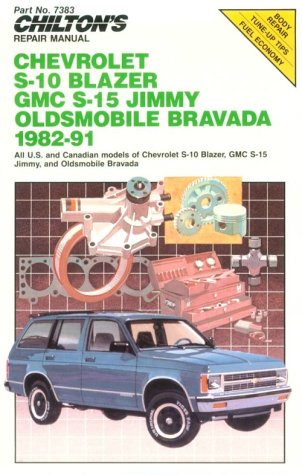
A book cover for Chilton's Repair Manual: Chevy S-10 Blazer, GMC S-15 Jimmy Olds Bravada, 1982-91 (Chilton's Repair Manual (Model Specific)); The Chilton Editors; Engineering & Transportation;